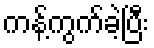
ကန့်ကွက်ခဲ့ပြီး